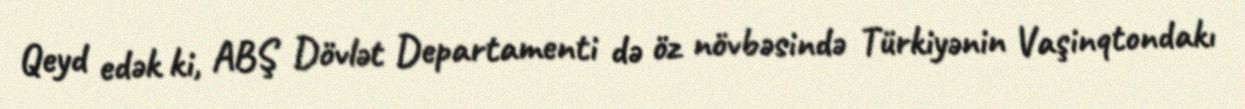
Qeyd edək ki, ABŞ Dövlət Departamenti də öz növbəsində Türkiyənin Vaşinqtondakı